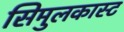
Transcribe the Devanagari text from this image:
सिमुलकास्ट